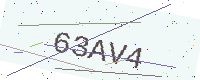
Text: 63AV4